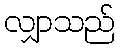
လျှာသည်